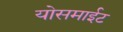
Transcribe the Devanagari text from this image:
योसमाईट